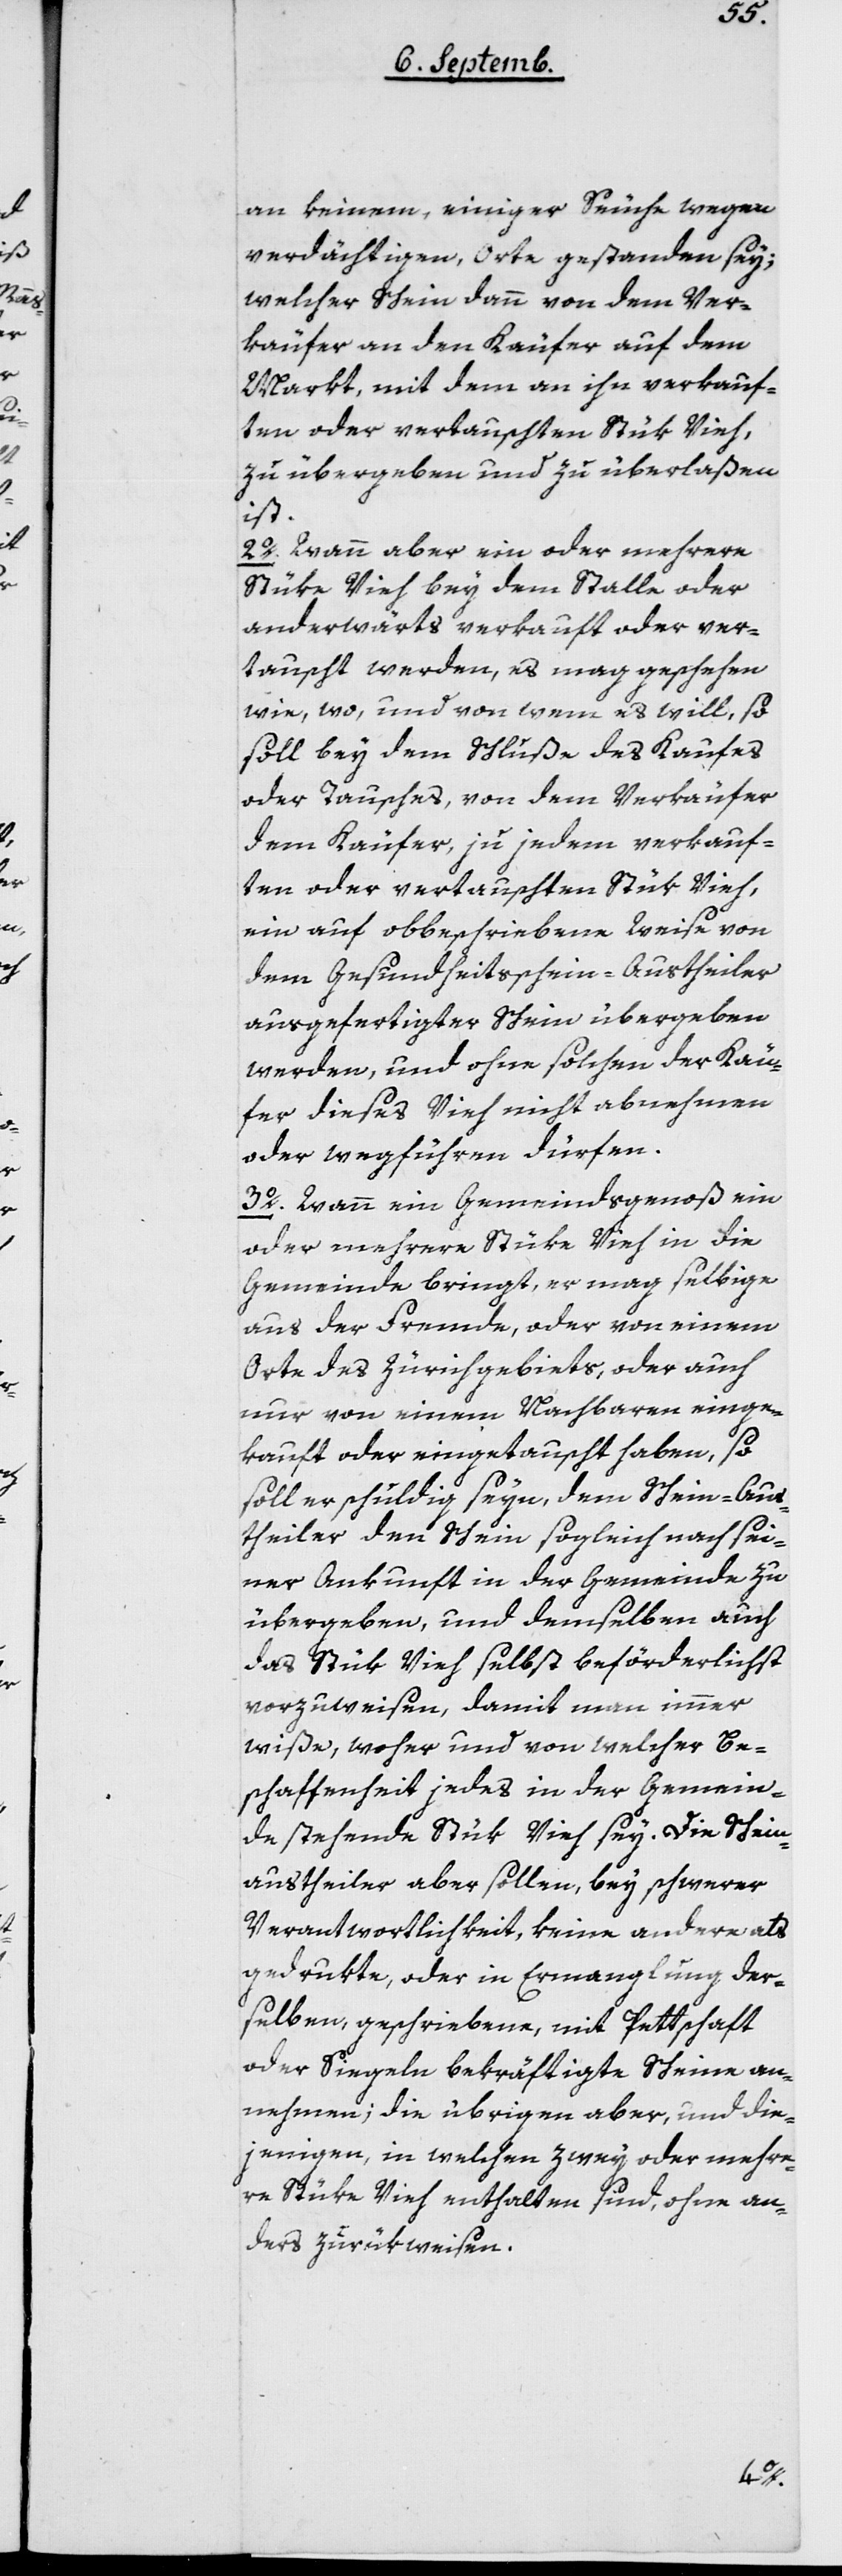
an keinem, einiger Seuche[n] wegen
verdächtigen Orte gestanden sey,
welcher Schein dann von dem Ver¬
Markt mit dem an ihn verkauf¬
ten oder vertauschten Stük Vieh,
zu übergeben und zu überlaßen
ist.
2o Wann aber ein oder mehrere
Stüke Vieh bey dem Stalle oder
anderwärts verkauft oder ver¬
tauscht werden, es mag geschehen
wie, wo, und von wem es will, so
soll bey dem Schluße des Kaufes
oder Tausches, von dem Verkäufer
dem Käufer, zu jedem verkauf¬
ten oder vertauschten Stük Vieh,
ein auf obbeschriebene Weise von
dem Gesundheitsschein-Austheiler
ausgefertigter Schein übergeben
werden, und ohne solchen der Käu¬
fer dieses Vieh nicht abnehmen
oder wegführen dürfen.
3o Wann ein Gemeindsgenoß ein
oder mehrere Stüke Vieh in die
Gemeinde bringt, er mag selbige
aus der Fremde oder von einem
Orte des Zürichgebiets, oder auch
nur von einem Nachbaren einge¬
kauft oder eingetauscht haben, so
soll er schuldig seyn, dem Schein-Aus¬
theiler den Schein sogleich nach sei¬
ner Ankunft in der Gemeinde zu
übergeben, und demselben auch
das Stük Vieh selbst beförderlichst
vorzuweisen, damit man immer
wiße, woher und von welcher Be¬
schaffenheit jedes in der Gemein¬
de stehende Stük Vieh sey. Die Schein-a¬
ustheiler aber sollen, bey schwerer
Verantwortlichkeit, keine andere als
gedrukte, oder in Ermangelung der¬
selben, geschriebene, mit Pettschaft
oder Siegeln bekräftigte Scheine an¬
nehmen, die übrigen aber, und die¬
jenigen, in welchen zwey oder mehre¬
re Stüke Vieh enthalten sind, ohne an¬
ders zurükweisen.
käufer